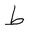
Letter: _da